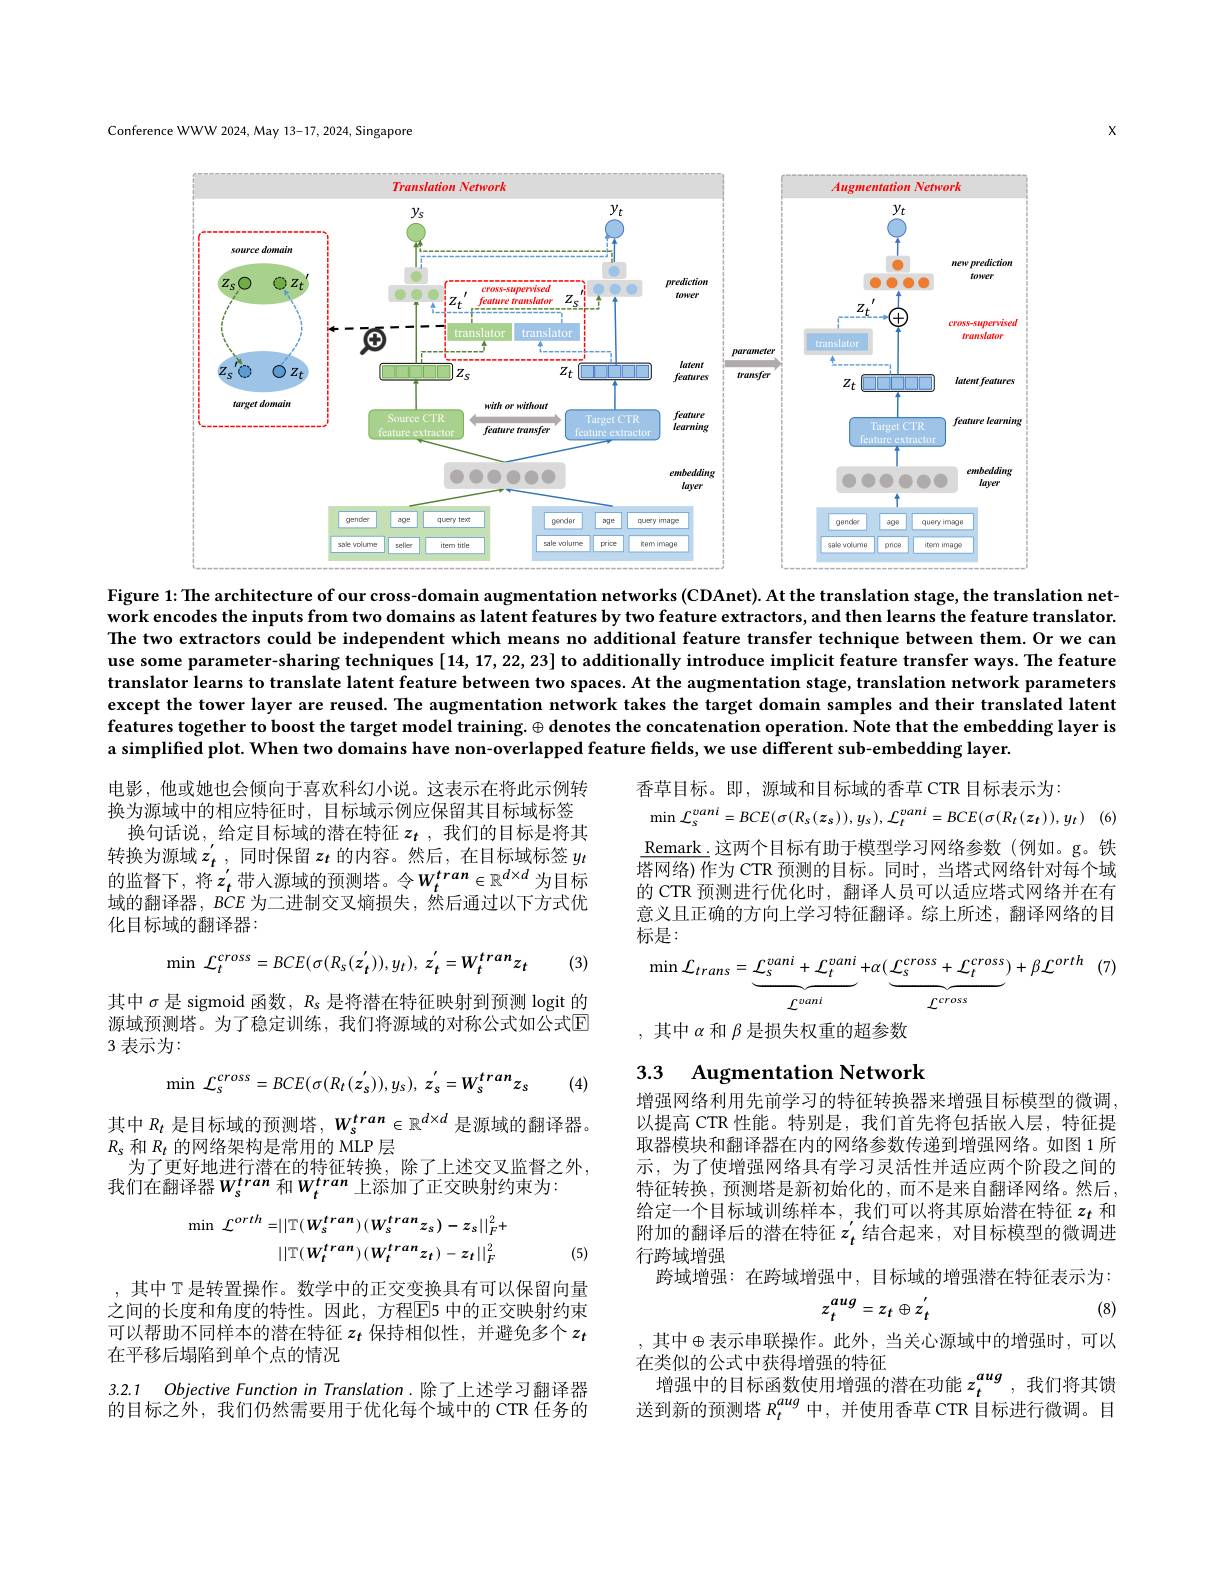
Conference WWW 2024, May 13-17, 2024, Singapore

$x$

<FigureHere>

Figure 1: The architecture of our cross-domain augmentation networks (CDAnet). At the translation stage, the translation net-

work encodes the inputs from two domains as latent features by two feature extractors, and then learns the feature translator. The two extractors could be independent which means no additional feature transfer technique between them. Or we can use some parameter-sharing techniques [14,17,22,23] to additionally introduce implicit feature transfer ways. The feature translator learns to translate latent feature between two spaces. At the augmentation stage, translation network parameters except the tower layer are reused. The augmentation network takes the target domain samples and their translated latent features together to boost the target model training. $\oplus$ denotes the concatenation operation. Note that the embedding layer is a simplified plot. When two domains have non-overlapped feature fields, we use different sub-embedding layer.

香草目标。即，源域和目标域的香草 CTR 目标表示为：
$$\mathcal{L}_{s}^{vani}=BCE(\sigma(R_{s}(z_{s})),y_{s}),\mathcal{L}_{t}^{vani}=BCE(\sigma(R_{t}(z_{t})),y_{t})$$
电影 ,他或她也会倾向于喜欢科幻小说。这表示在将此示例转换为源域中的相应特征时，目标域示例应保留其目标域标签
换句话说，给定目标域的潜在特征$z_t$,我们的目标是将其转换为源域$z_t^{\prime}$,同时保留$z_t$ 的内容。然后，在目标域标签 $y_t$ 的监督下，将$z_t^{\prime}$带入源域的预测塔。令$W_t^tran\in\mathbb{R}^{d\times d}$为目标域的翻译器，$BCE$为二进制交叉熵损失，然后通过以下方式优化目标域的翻译器：

$\underline{\text{Remark.}}$这两个目标有助于模型学习网络参数(例如。g。铁塔网络)作为 CTR 预测的目标。同时，当塔式网络针对每个域的 CTR 预测进行优化时，翻译人员可以适应塔式网络并在有意义且正确的方向上学习特征翻译。综上所述，翻译网络的目标是：
$$\min\:\mathcal{L}_{t}^{cross}=BCE(\sigma(R_{s}(z_{t}^{'})),y_{t}),\:z_{t}^{'}=W_{t}^{tran}z_{t}$$
(3)
$$\operatorname{n}{\mathcal{L}}_{trans}=\underbrace{{\mathcal{L}}_{s}^{vani}+{\mathcal{L}}_{t}^{vani}}_{{\mathcal{L}}^{vani}}+\alpha(\underbrace{{\mathcal{L}}_{s}^{cross}+{\mathcal{L}}_{t}^{cross}}_{{\mathcal{L}}^{cross}})+\beta{\mathcal{L}}^{orth}\quad(7)$$
min

其中$\sigma$是 sigmoid 函数，$R_{\mathrm{s}}$是将潜在特征映射到预测 logit 的源域预测塔。为了稳定训练，我们将源域的对称公式如公式E 3 表示为：

,其中$\alpha$和$\beta$是损失权重的超参数

3.3 Augmentation Network
$$\min\:\mathcal{L}_{s}^{cross}=BCE(\sigma(R_{t}(z_{s}^{'})),y_{s}),\:z_{s}^{'}=W_{s}^{tran}z_{s}$$
(4)

其中$R_t$是目标域的预测塔$,W_s^tran\in\mathbb{R}^{d\times d}$是源域的翻译器。
$R_s$和$R_t$的网络架构是常用的 MLP 层
为了更好地进行潜在的特征转换，除了上述交叉监督之外，
我们在翻译器$W_s^{tran}$ 和$W_t^{tran}$ 上添加了正交映射约束为：

增强网络利用先前学习的特征转换器来增强目标模型的微调， 以提高 CTR 性能。特别是，我们首先将包括嵌入层，特征提取器模块和翻译器在内的网络参数传递到增强网络。如图 1 所示，为了使增强网络具有学习灵活性并适应两个阶段之间的特征转换，预测塔是新初始化的，而不是来自翻译网络。然后， 给定一个目标域训练样本，我们可以将其原始潜在特征$z_t$和附加的翻译后的潜在特征$z_t^{\prime}$结合起来，对目标模型的微调进行跨域增强
跨域增强：在跨域增强中，目标域的增强潜在特征表示为：
$$\begin{aligned}\min\:\mathcal{L}^{orth}=&||\mathbb{T}(W_{s}^{tran})(W_{s}^{tran}z_{s})-z_{s}||_{F}^{2}+\\&||\mathbb{T}(W_{t}^{tran})(W_{t}^{tran}z_{t})-z_{t}||_{F}^{2}\end{aligned}$$
(5)
$$z_{t}^{aug}=z_{t}\oplus z_{t}^{'}$$
(8)

,其中 T 是转置操作。数学中的正交变换具有可以保留向量之间的长度和角度的特性。因此，方程$\overline{\mathrm{E}}$5 中的正交映射约束可以帮助不同样本的潜在特征$z_t$保持相似性，并避免多个$z_t$ 在平移后塌陷到单个点的情况

,其中$\oplus$表示串联操作。此外，当关心源域中的增强时，可以
在类似的公式中获得增强的特征
增强中的目标函数使用增强的潜在功能$z_t^{aug}$ ,我们将其馈送到新的预测塔$R_t^{aug}$中，并使用香草 CTR 目标进行微调。目

3.2.1 Objective Function in Translation. 除了上述学习翻译器的目标之外，我们仍然需要用于优化每个域中的 CTR 任务的